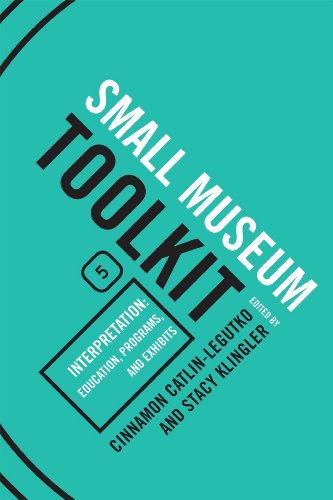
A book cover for Interpretation: Education, Programs, and Exhibits (Small Museum Toolkit); Business & Money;